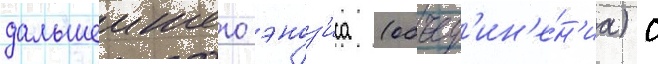
дальшеишего эноз'иса (объед'ин'е́н'иа) с